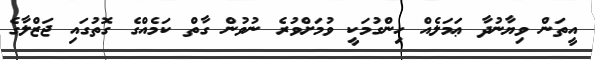
އީތަން ވިޔާނުދާ ޢަމަލެއް ހިންގުމަކީ ވުމަށްވުރެ ނުވުން ގާތް ކަމެއްގެ ގޮތުގައި ޖަޒްލާގެ